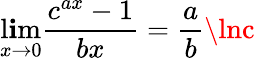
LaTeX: \operatorname*{l\mathbf{i}m}_{x\to0}{\frac{{c^{ax}-1}}{{bx}}}={\frac{{a}}{{b}}}\lnc